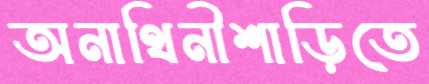
অনাথিনীশাড়িতে